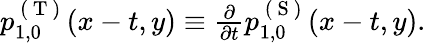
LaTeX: \begin{array}{r}{p_{1,0}^{\mathrm{~(~T~)~}}(x-t,y)\equiv\frac{\partial}{\partial t}p_{1,0}^{\mathrm{~(~S~)~}}(x-t,y).}\end{array}